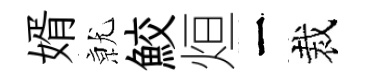
婿𭕒鮫烜一裁